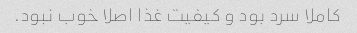
کاملا سرد بود و کیفیت غذا اصلا خوب نبود.